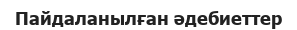
Пайдаланылған әдебиеттер